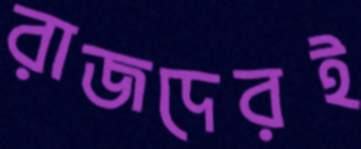
রাজদেরই